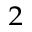
^ 2